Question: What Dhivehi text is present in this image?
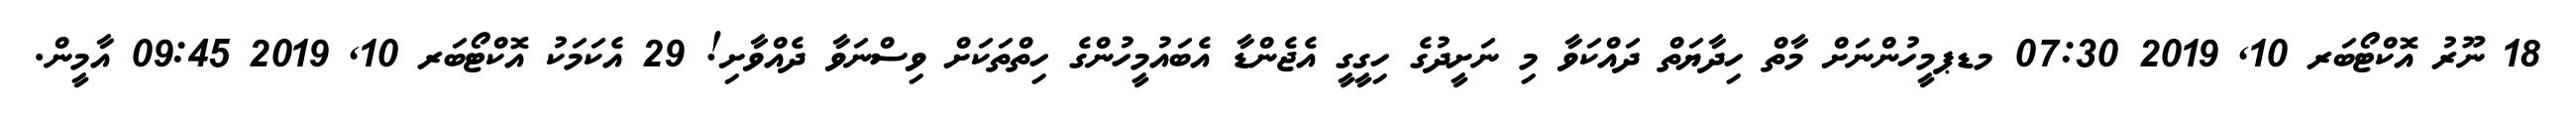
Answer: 18 ނޫރު އޮކްޓޯބަރ 10, 2019 07:30 މޑޕމީހުންނަށް މާތް ހިދާޔަތް ދައްކަވާ މި ނަށީދުގެ ހިގީގީ އެޖެންޑާ އެބައުމީހުންގެ ހިތްތަކަށް ވިސްނަވާ ދެއްވާށި! 29 އެކަމަކު އޮކްޓޯބަރ 10, 2019 09:45 އާމީން.